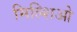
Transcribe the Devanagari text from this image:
मिल्शिओ